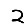
Digit: 2